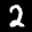
Label: 2